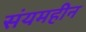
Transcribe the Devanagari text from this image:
संयमहीन